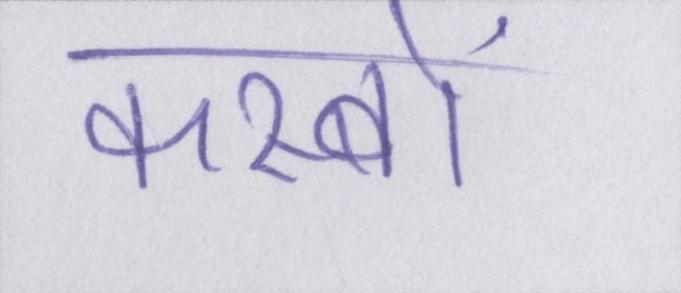
कस्बों